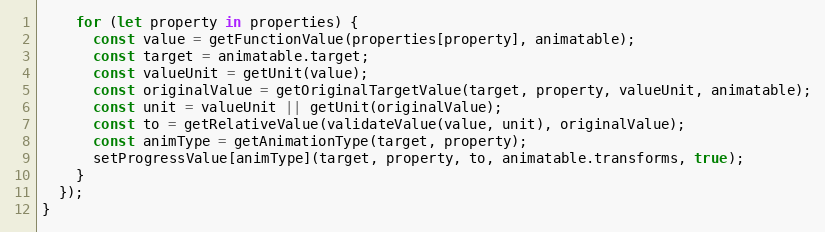
Language: JavaScript
    for (let property in properties) {
      const value = getFunctionValue(properties[property], animatable);
      const target = animatable.target;
      const valueUnit = getUnit(value);
      const originalValue = getOriginalTargetValue(target, property, valueUnit, animatable);
      const unit = valueUnit || getUnit(originalValue);
      const to = getRelativeValue(validateValue(value, unit), originalValue);
      const animType = getAnimationType(target, property);
      setProgressValue[animType](target, property, to, animatable.transforms, true);
    }
  });
}